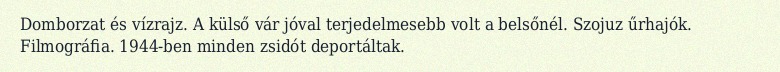
Domborzat és vízrajz. A külső vár jóval terjedelmesebb volt a belsőnél. Szojuz űrhajók. Filmográfia. 1944-ben minden zsidót deportáltak.